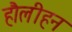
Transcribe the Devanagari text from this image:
हौलीहन